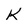
Character: K